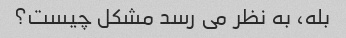
بله، به نظر می رسد مشکل چیست؟